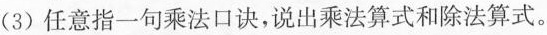
(3)任意指一句乘法口诀，说出乘法算式和除法算式。